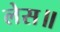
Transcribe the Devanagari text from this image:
लेस॥